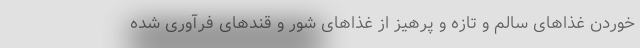
خوردن غذاهای سالم و تازه و پرهیز از غذاهای شور و قندهای فرآوری شده